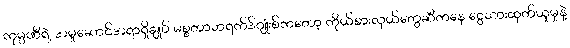
ကုမ္ပဏီရဲ့ အမှုဆောင်အရာရှိချုပ် မစ္စတာဘရက်ဒ်ဂျုံးစ်ကတော့ ကိုယ်စားလှယ်တွေဆီကနေ ငွေသားထုတ်ယူမှုနဲ့